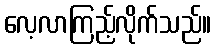
လေ့လာကြည့်လိုက်သည်။